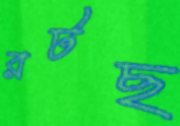
রটছ